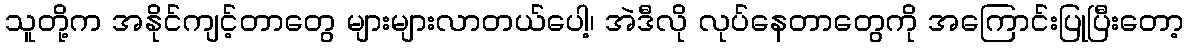
သူတို့က အနိုင်ကျင့်တာတွေ များများလာတယ်ပေါ့၊ အဲဒီလို လုပ်နေတာတွေကို အကြောင်းပြုပြီးတော့